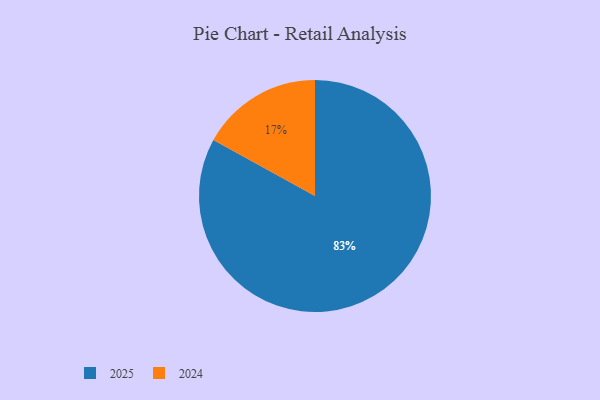
{"axis": {"x": "Category", "y": "Percentage"}, "legend": ["2024", "2025"], "data": [{"x": "2024", "y": 17, "type": "2024"}, {"x": "2025", "y": 83, "type": "2025"}]}